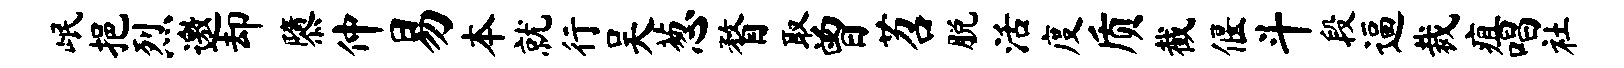
岷挹烈邀却隳仲易本就行吴葱瞀取曾苕脱活度质截偃斗段逼裁疽唱社